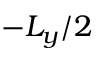
- L _ { y } / 2